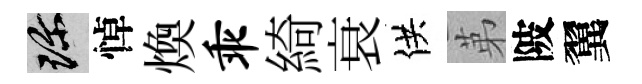
珍悼煥乖綺衰供苐陂翼